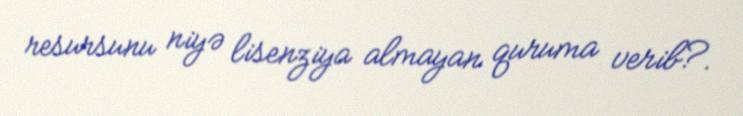
resursunu niyə lisenziya almayan quruma verib?.